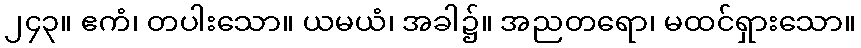
၂၄၃။ ဧကံ၊ တပါးသော။ ယမယံ၊ အခါ၌။ အညတရော၊ မထင်ရှားသော။